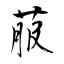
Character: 菔